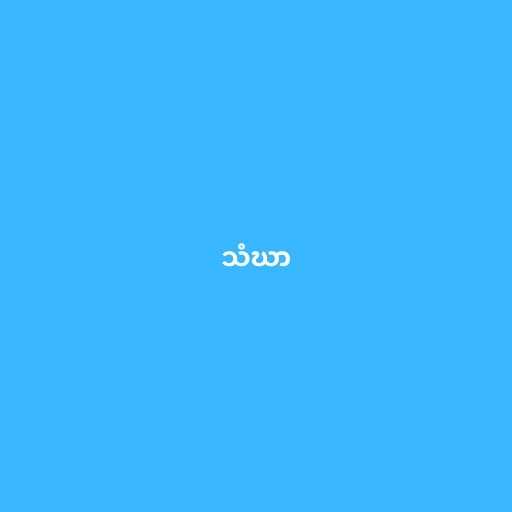
သံဃာ